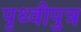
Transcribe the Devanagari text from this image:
पृथ्वीपुत्र